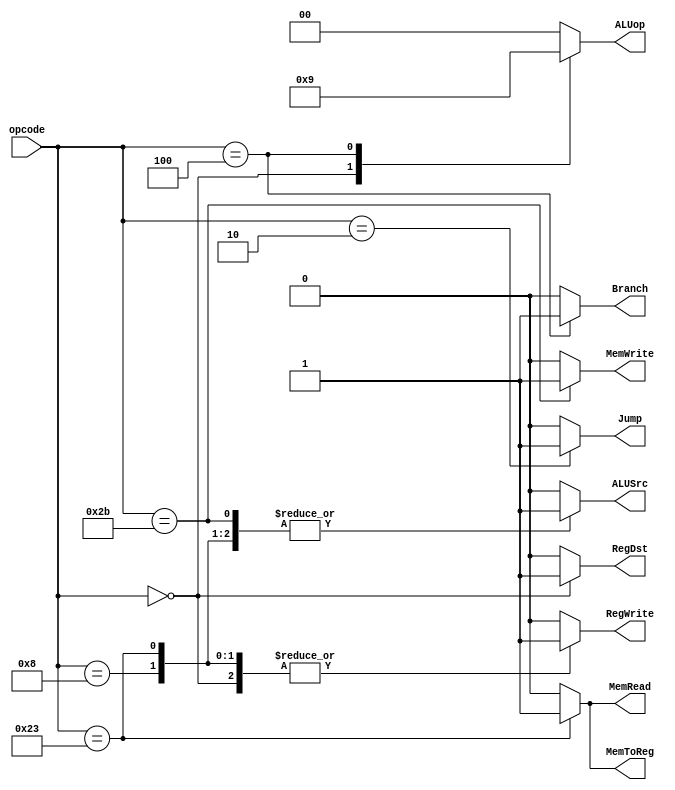
// Chris Kenyon and Brandon Nguyen
// From solutions

module controlunit (input [5:0] opcode,
					output reg RegDst, 
					output reg Jump, 
					output reg Branch, 
					output reg MemRead,
					output reg MemToReg, 
					output reg MemWrite, 
					output reg ALUSrc, 
					output reg RegWrite,
					output reg[1:0] ALUop 
				);
// These cases and outputs are taken from figure 4.22, P&H                   
always @ (opcode) 
begin
    {RegDst, ALUSrc, MemToReg, RegWrite, MemRead, MemWrite, Branch, Jump, ALUop} = 10'b0000000000;
    case (opcode)
		6'b000000 : 
			begin // ALU r-type, others are 0 by default
				RegDst = 1;
				RegWrite = 1;
				ALUop = 2'b10;
			end
		6'b001000 : 
			begin // addi instruction
				ALUSrc = 1;
				RegWrite = 1;
			end
		6'b100011:
			begin // lw
				ALUSrc = 1;
				MemToReg = 1;
				RegWrite = 1;
				MemRead = 1;
			end
		6'b101011: 
			begin // sw
				ALUSrc <= 1;
				MemWrite <= 1;       
			end
		6'b000100: 
			begin // beq, ALU will do subtraction
				Branch <= 1;
				ALUop <= 2'b01;
			end
		6'b000010: 
			begin // j
				Jump <= 1;
				// all else is don't-care
			end
    endcase
end

endmodule